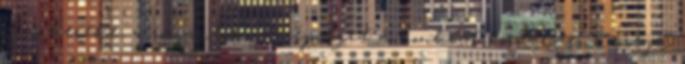
Sors kereke, a romantikus szépséget a konkrét kortárszene zörejes